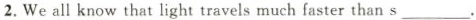
2. We all know that light travels much faster than s___.